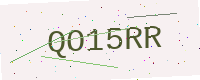
Text: QO15RR